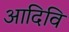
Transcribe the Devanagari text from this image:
आदिवि